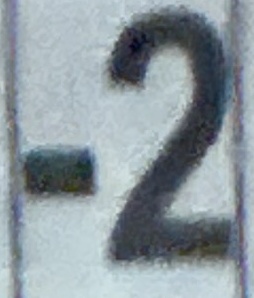
-2